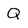
Character: Q